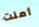
أملت